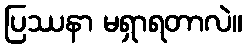
ပြဿနာ မရှာရတာလဲ။